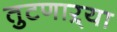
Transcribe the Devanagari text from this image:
तुटणाऱ्या